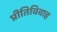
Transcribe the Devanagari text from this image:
प्रीतिविवाह